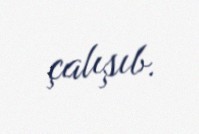
çalışıb.